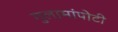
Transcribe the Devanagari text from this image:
गुलामांपोटी